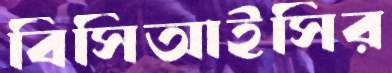
বিসিআইসির